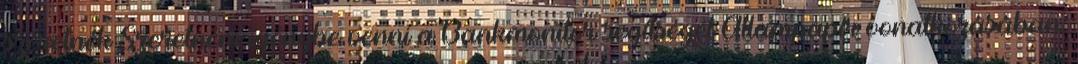
szeretnék Szeretném igénybe venni a Bankmonitor segítségét Állampapír vonatkozásában: